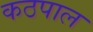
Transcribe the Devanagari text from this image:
कठपाल